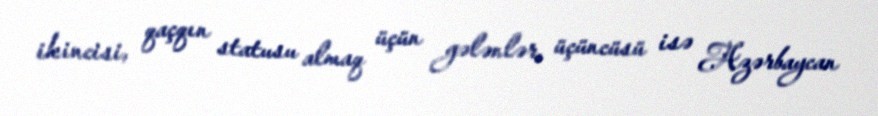
ikincisi, qaçqın statusu almaq üçün gələnlər, üçüncüsü isə Azərbaycan